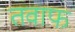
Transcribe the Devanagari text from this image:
तवाफ